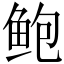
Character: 鲍